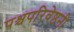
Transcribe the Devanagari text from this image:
पश्चपरिवेष्ठनी